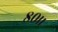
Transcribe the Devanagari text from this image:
८०।।